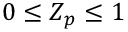
0 \leq Z _ { p } \leq 1